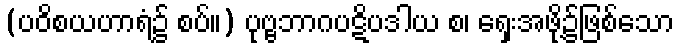
(ပဝိစယဟာရံ၌ စပ်။) ပုဗ္ဗဘာဂပဋိပဒါယ စ၊ ရှေးအဖို့၌ဖြစ်သော